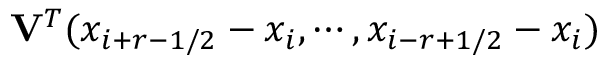
\mathbf { V } ^ { T } ( x _ { i + r - 1 / 2 } - x _ { i } , \cdots , x _ { i - r + 1 / 2 } - x _ { i } )